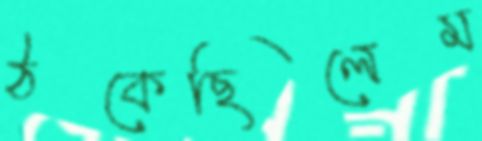
ঠকেছিলেম